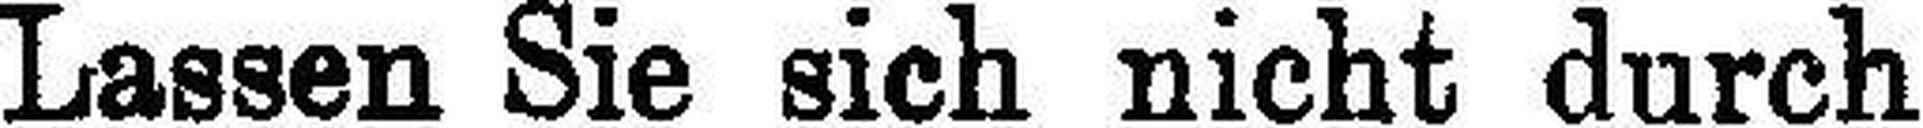
Lassen Sie sich nicht durch